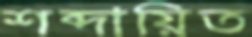
শব্দায়িত